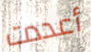
أعددت